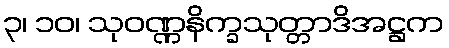
၃၊ ၁၀၊ သုဝဏ္ဏနိက္ခသုတ္တာဒိအဋ္ဌက